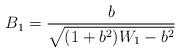
LaTeX: \begin{align*}B_1 = \frac{b}{\sqrt{(1 + b^2) W_1 - b^2}}\end{align*}